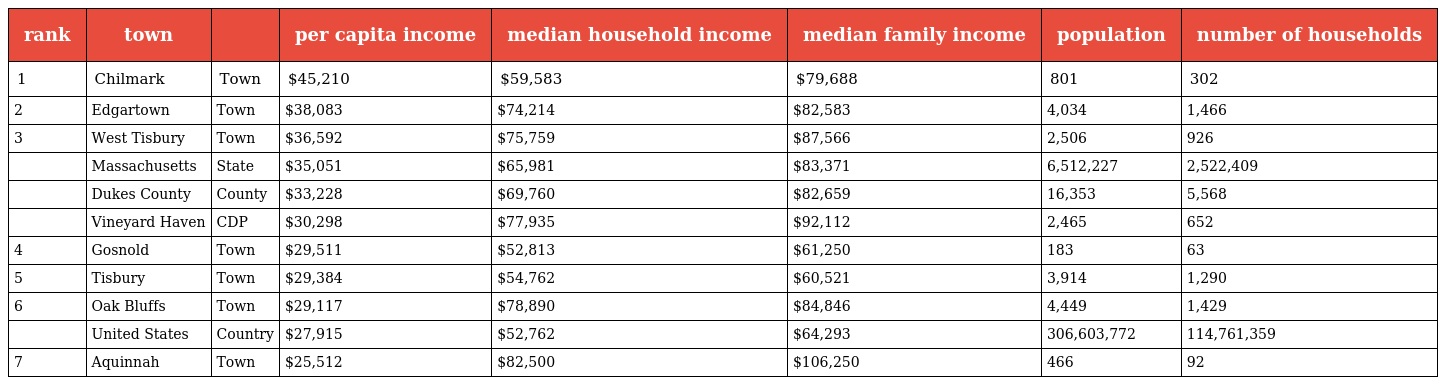
| rank | town |  | per capita income | median household income | median family income | population | number of households |
 | --- | --- | --- | --- | --- | --- | --- | --- |
 | 1 | Chilmark | Town | $45,210 | $59,583 | $79,688 | 801 | 302 |
 | 2 | Edgartown | Town | $38,083 | $74,214 | $82,583 | 4,034 | 1,466 |
 | 3 | West Tisbury | Town | $36,592 | $75,759 | $87,566 | 2,506 | 926 |
 |  | Massachusetts | State | $35,051 | $65,981 | $83,371 | 6,512,227 | 2,522,409 |
 |  | Dukes County | County | $33,228 | $69,760 | $82,659 | 16,353 | 5,568 |
 |  | Vineyard Haven | CDP | $30,298 | $77,935 | $92,112 | 2,465 | 652 |
 | 4 | Gosnold | Town | $29,511 | $52,813 | $61,250 | 183 | 63 |
 | 5 | Tisbury | Town | $29,384 | $54,762 | $60,521 | 3,914 | 1,290 |
 | 6 | Oak Bluffs | Town | $29,117 | $78,890 | $84,846 | 4,449 | 1,429 |
 |  | United States | Country | $27,915 | $52,762 | $64,293 | 306,603,772 | 114,761,359 |
 | 7 | Aquinnah | Town | $25,512 | $82,500 | $106,250 | 466 | 92 |